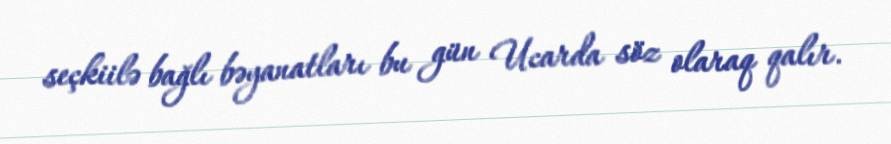
seçkiilə bağlı bəyanatları bu gün Ucarda söz olaraq qalır.